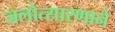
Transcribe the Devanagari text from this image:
जलोत्सारणाने